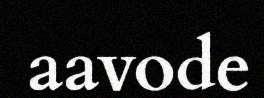
aavode